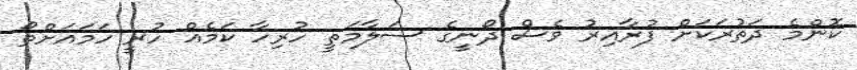
ކޮންމެ ދަތުރަކަށް ފުރާއިރު ވެސް ދޯނީގެ ސަލާމަތީ ހުރިހާ ކަމެއް ހުރީ ހަމައަށްތޯ